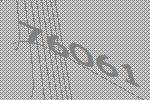
76061